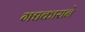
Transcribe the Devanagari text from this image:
गद्यकाराने